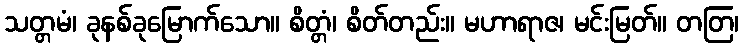
သတ္တမံ၊ ခုနစ်ခုမြောက်သော။ စိတ္တံ၊ စိတ်တည်း။ မဟာရာဇ၊ မင်းမြတ်။ တတြ၊